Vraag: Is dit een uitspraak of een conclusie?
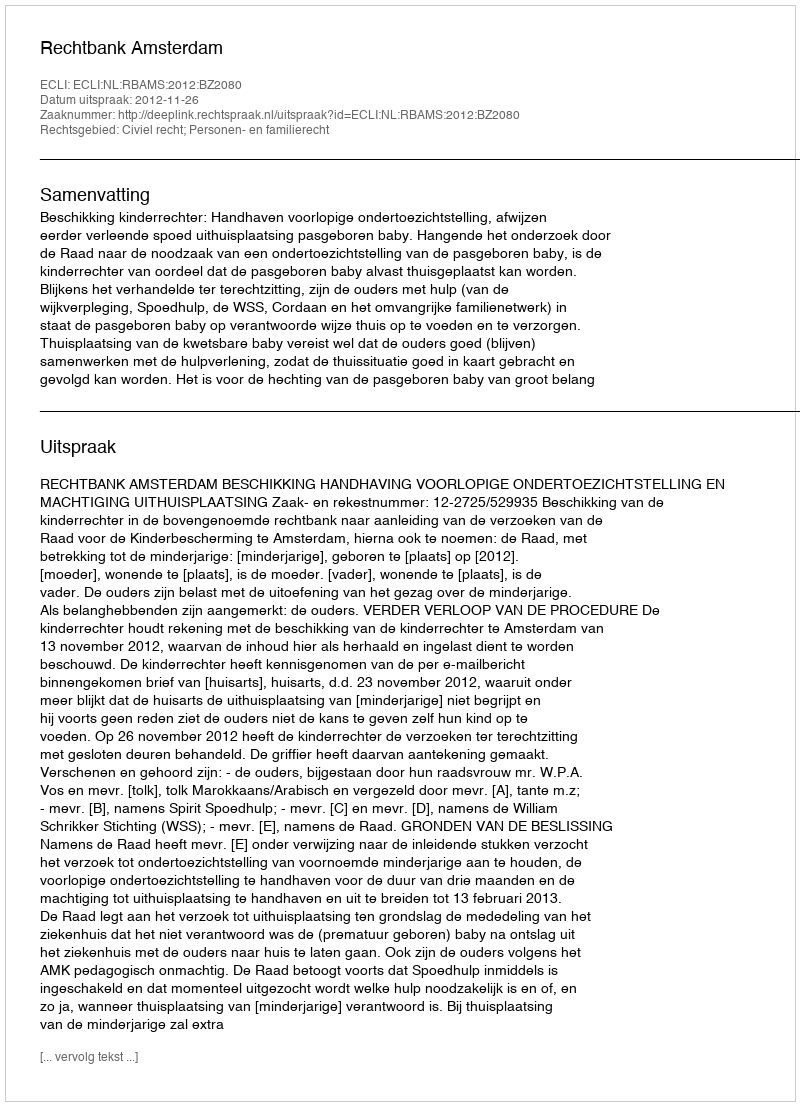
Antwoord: Uitspraak